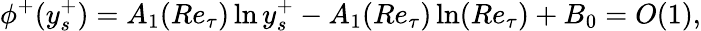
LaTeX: \phi^{+}(y_{s}^{+})=A_{1}(Re_{\tau})\ln y_{s}^{+}-A_{1}(Re_{\tau})\ln(Re_{\tau})+B_{0}=O(1),